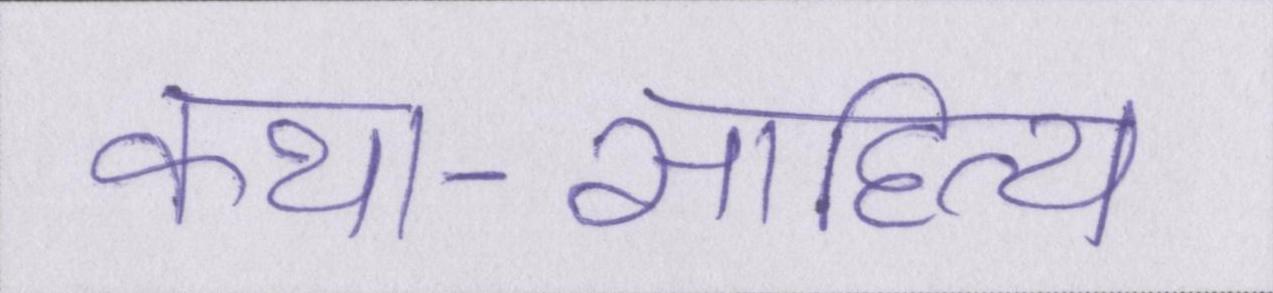
कथा-साहित्य